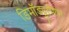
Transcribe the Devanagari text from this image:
डिमॉड्युलेशन